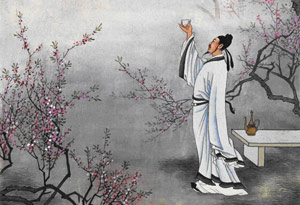
天若不爱酒，酒星不在天。